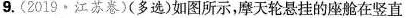
9.(2019·江苏卷)(多选)如图所示，摩天轮悬挂的座舱在竖直